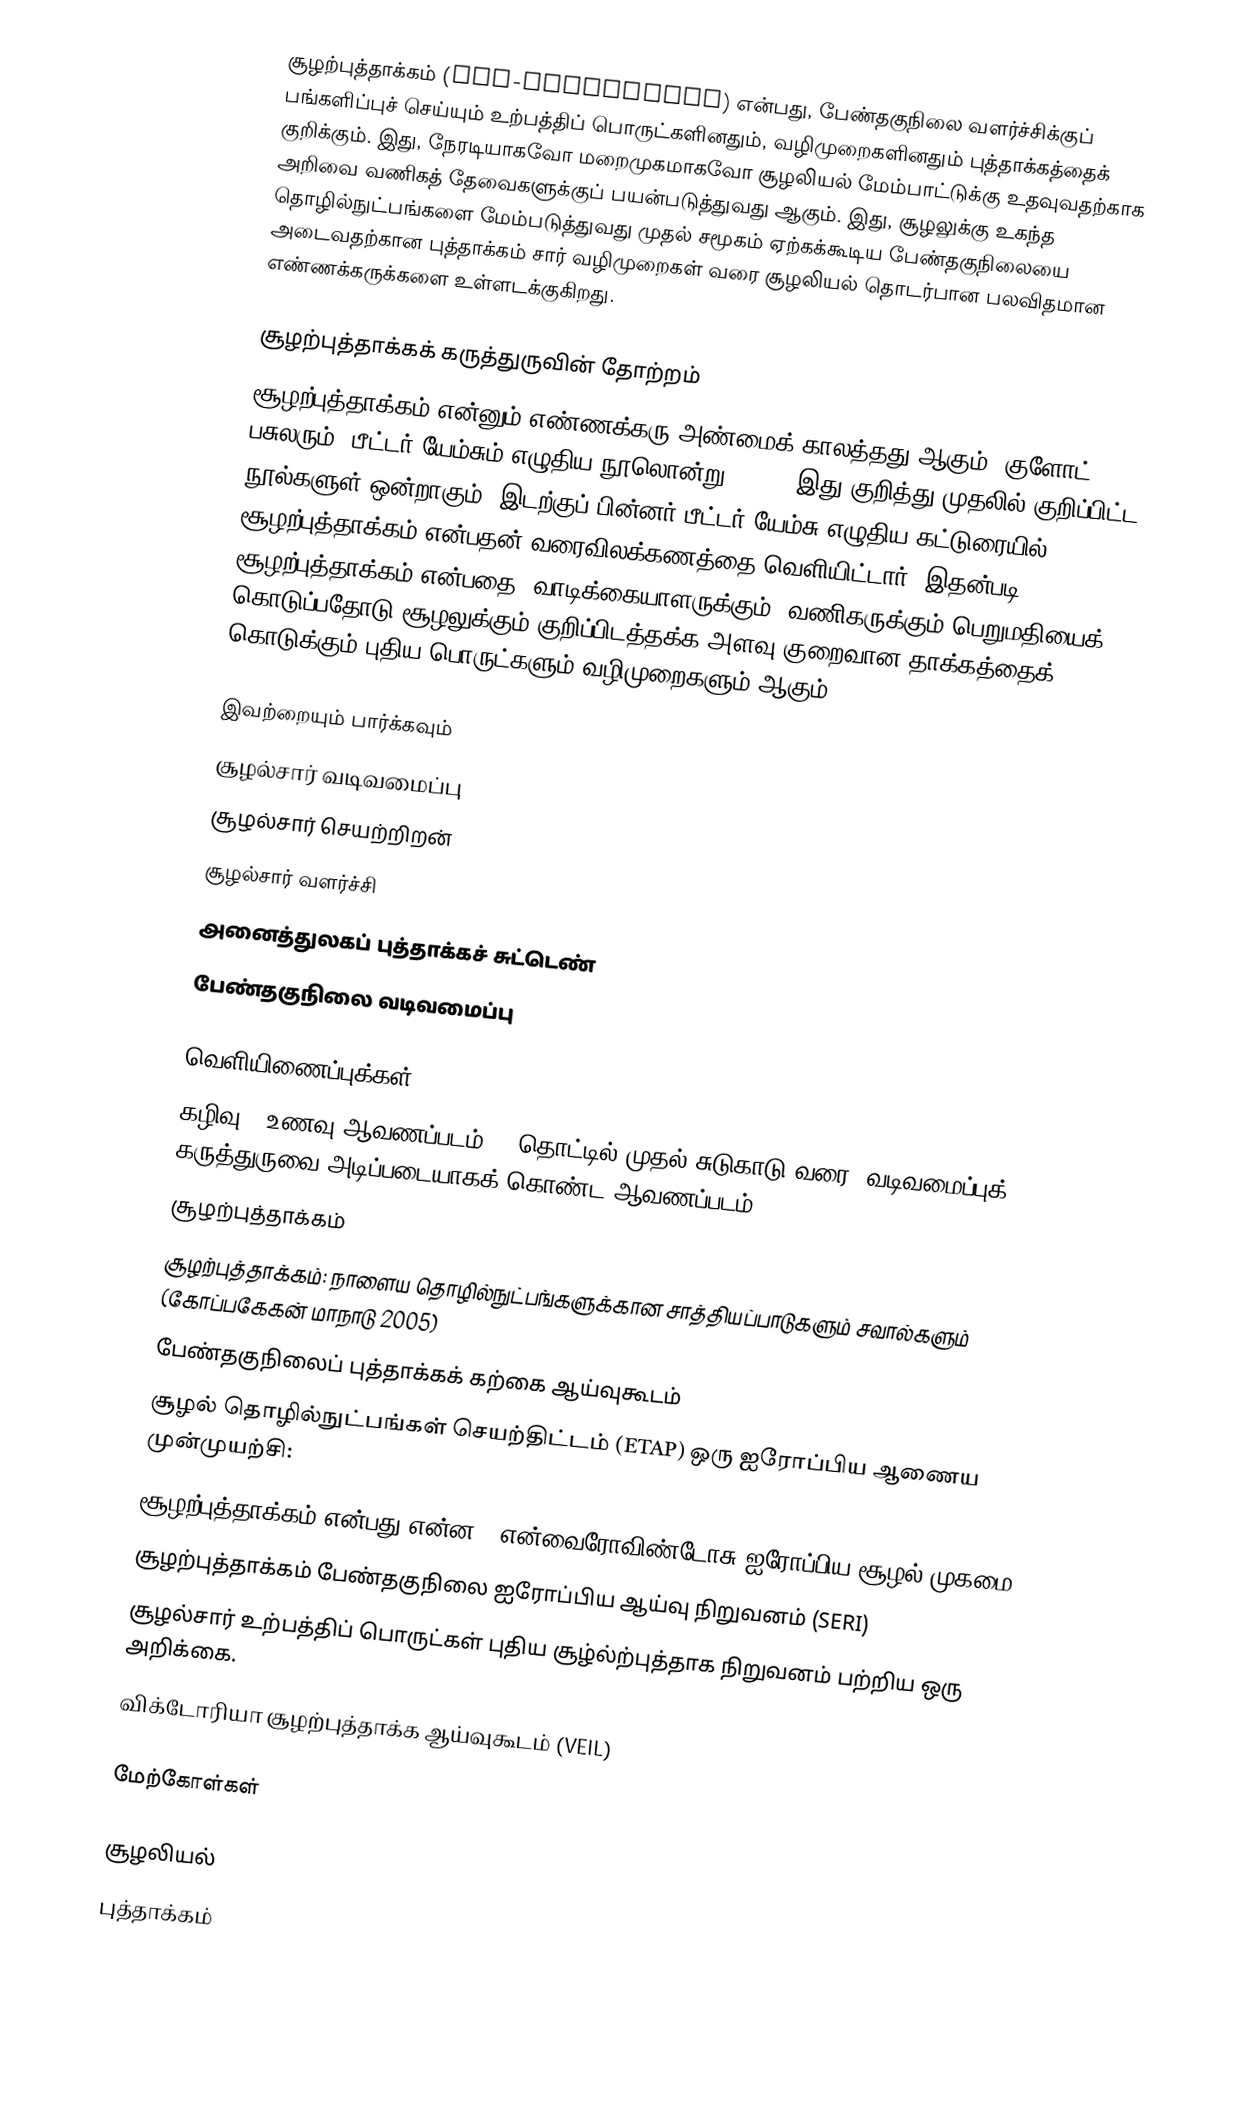
சூழற்புத்தாக்கம் (Eco-innovation) என்பது, பேண்தகுநிலை வளர்ச்சிக்குப் பங்களிப்புச் செய்யும் உற்பத்திப் பொருட்களினதும், வழிமுறைகளினதும் புத்தாக்கத்தைக் குறிக்கும். இது, நேரடியாகவோ மறைமுகமாகவோ சூழலியல் மேம்பாட்டுக்கு உதவுவதற்காக அறிவை வணிகத் தேவைகளுக்குப் பயன்படுத்துவது ஆகும். இது, சூழலுக்கு உகந்த தொழில்நுட்பங்களை மேம்படுத்துவது முதல் சமூகம் ஏற்கக்கூடிய பேண்தகுநிலையை அடைவதற்கான புத்தாக்கம் சார் வழிமுறைகள் வரை சூழலியல் தொடர்பான பலவிதமான எண்ணக்கருக்களை உள்ளடக்குகிறது.

சூழற்புத்தாக்கக் கருத்துருவின் தோற்றம்
சூழற்புத்தாக்கம் என்னும் எண்ணக்கரு அண்மைக் காலத்தது ஆகும். குளோட் பசுலரும், பீட்டர் யேம்சும் எழுதிய நூலொன்று (1996) இது குறித்து முதலில் குறிப்பிட்ட நூல்களுள் ஒன்றாகும். இடற்குப் பின்னர் பீட்டர் யேம்சு எழுதிய கட்டுரையில் சூழற்புத்தாக்கம் என்பதன் வரைவிலக்கணத்தை வெளியிட்டார். இதன்படி, சூழற்புத்தாக்கம் என்பதை "வாடிக்கையாளருக்கும், வணிகருக்கும் பெறுமதியைக் கொடுப்பதோடு சூழலுக்கும் குறிப்பிடத்தக்க அளவு குறைவான தாக்கத்தைக் கொடுக்கும் புதிய பொருட்களும் வழிமுறைகளும் ஆகும்.

இவற்றையும் பார்க்கவும்
 சூழல்சார் வடிவமைப்பு
 சூழல்சார் செயற்றிறன்
 சூழல்சார் வளர்ச்சி
 அனைத்துலகப் புத்தாக்கச் சுட்டெண்
 பேண்தகுநிலை வடிவமைப்பு

வெளியிணைப்புக்கள்
 கழிவு = உணவு ஆவணப்படம்  - "தொட்டில் முதல் சுடுகாடு வரை" வடிவமைப்புக் கருத்துருவை அடிப்படையாகக் கொண்ட ஆவணப்படம்.
சூழற்புத்தாக்கம்
சூழற்புத்தாக்கம்: நாளைய தொழில்நுட்பங்களுக்கான சாத்தியப்பாடுகளும் சவால்களும் (கோப்பகேகன் மாநாடு 2005)
பேண்தகுநிலைப் புத்தாக்கக் கற்கை ஆய்வுகூடம்
சூழல் தொழில்நுட்பங்கள் செயற்திட்டம் (ETAP) ஒரு ஐரோப்பிய ஆணைய முன்முயற்சி:
 சூழற்புத்தாக்கம் என்பது என்ன?  (என்வைரோவிண்டோசு-ஐரோப்பிய சூழல் முகமை).
சூழற்புத்தாக்கம்  பேண்தகுநிலை ஐரோப்பிய ஆய்வு நிறுவனம் (SERI)
சூழல்சார் உற்பத்திப் பொருட்கள்  புதிய சூழ்ல்ற்புத்தாக நிறுவனம் பற்றிய ஒரு அறிக்கை.
 விக்டோரியா சூழற்புத்தாக்க ஆய்வுகூடம் (VEIL)

மேற்கோள்கள்

சூழலியல்
புத்தாக்கம்